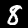
Digit: 8